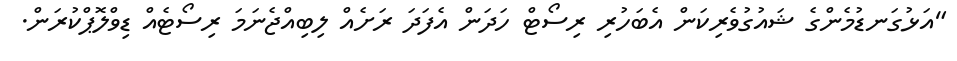
"އަޅުގަނޑުމެންގެ ޝައުގުވެރިކަން އެބަހުރި ރިސޯޓް ހަދަން އެފަދަ ރަށެއް ލިބިއްޖެނަމަ ރިސޯޓެއް ޑިވްލޮޕްކުރަން.